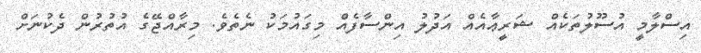
އިސްލާމީ އުސޫލުތަކެއް ޝަރީޢާއެއް އަދުލު އިންސާފެއް މިގައުމަކު ނެތެވެ. މިރާއްޖޭގެ އުތުރުން ދެކުނަށް